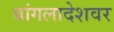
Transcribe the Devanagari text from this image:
बांगलादेशवर